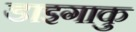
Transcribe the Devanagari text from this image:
डाइगाकु